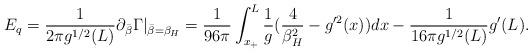
LaTeX: \begin{align*}E_q={1 \over 2\pi g^{1/2}(L)} \partial_{\bar\beta} \Gamma |_{\bar{\beta}=\beta_H}={1 \over 96\pi}\int_{x_+}^{L}{1 \over g}({4 \over \beta^2_H}-g'^2(x))dx-{1 \over 16\pi g^{1/2}(L)}g'(L) .\end{align*}